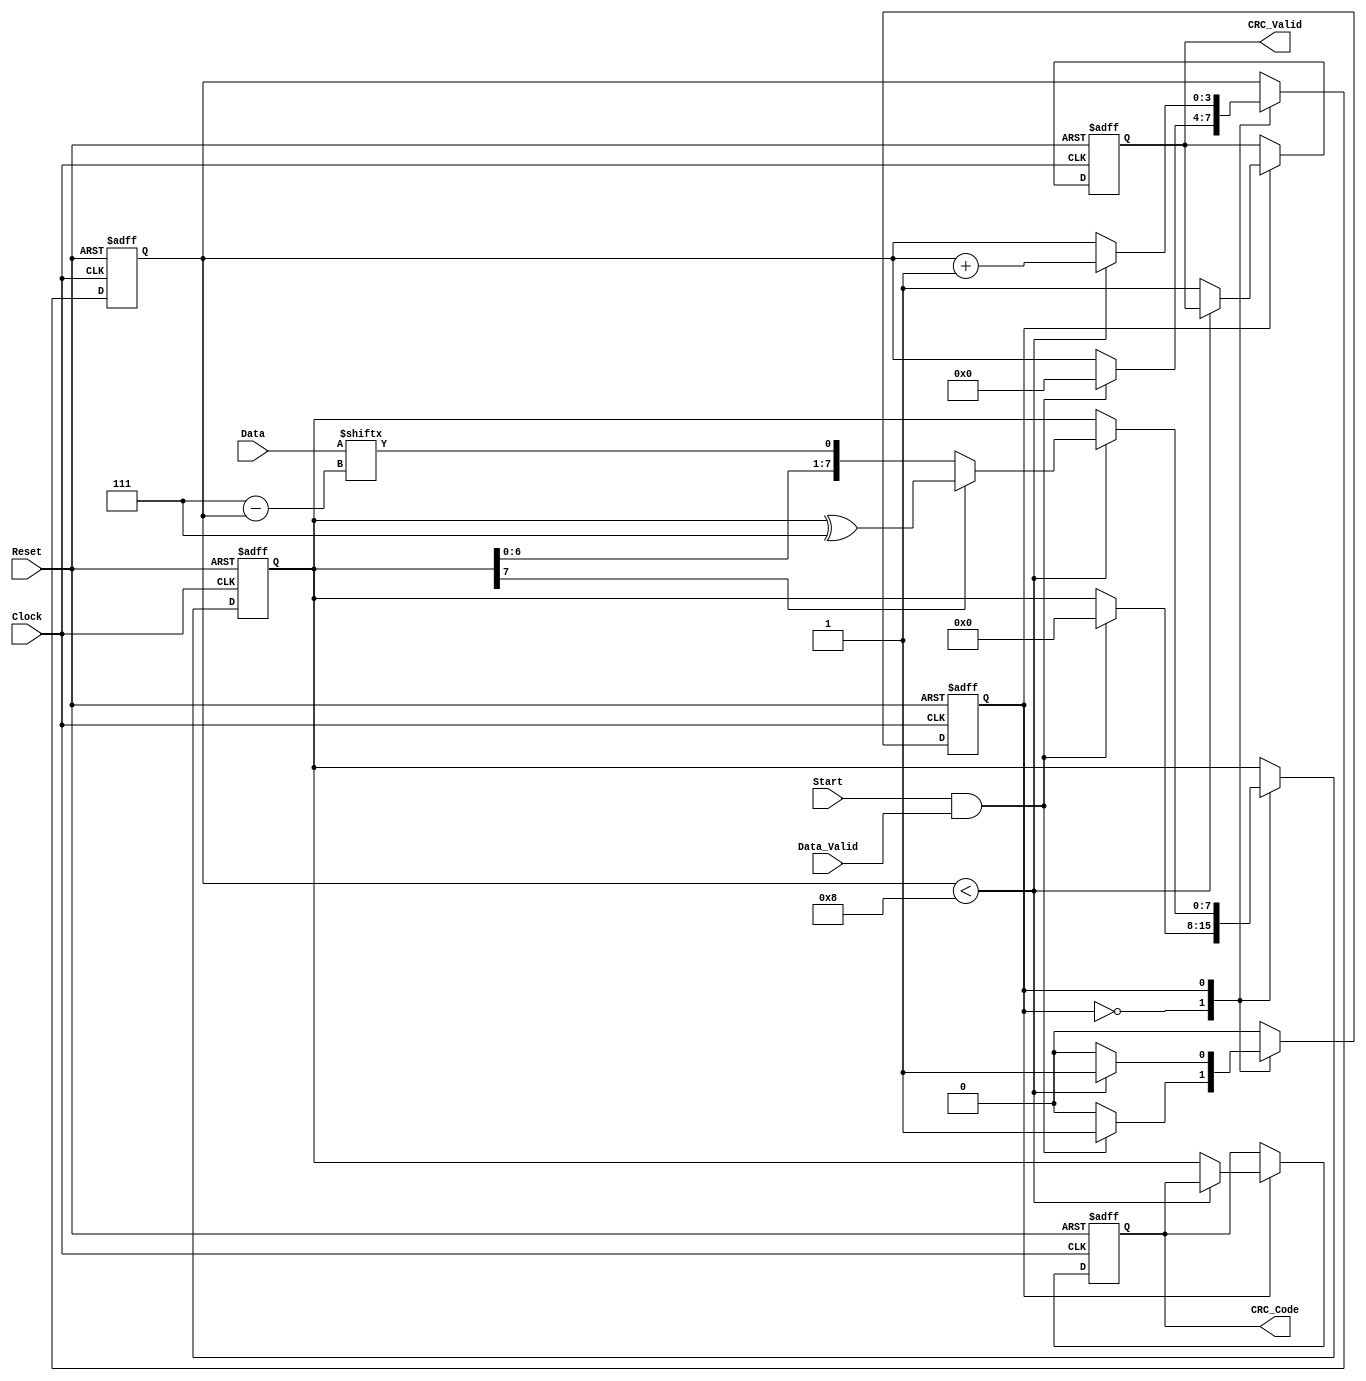
module Parameterized_CRC #(
    parameter CRC_Width = 8,              // Width of the CRC output
    parameter Poly_Degree = 8,             // Degree of the polynomial
    parameter Polynomial = 8'h07,          // Polynomial coefficients (example: x^8 + x^2 + x + 1)
    parameter Initial_Value = 8'h00        // Initial value for the CRC
)(
    input  wire [CRC_Width-1:0] Data,     // Input data
    input  wire Data_Valid,                 // Data valid signal
    input  wire Reset,                      // Reset signal
    input  wire Clock,                      // Clock signal
    input  wire Start,                      // Start signal for CRC calculation
    output reg  [CRC_Width-1:0] CRC_Code,  // Computed CRC checksum
    output reg  CRC_Valid                  // Valid CRC output signal
);

    // Internal signals
    reg [CRC_Width-1:0] crc_reg;           // CRC shift register
    reg [3:0] bit_count;                    // Bit counter for data processing
    reg state;                              // State variable for FSM

    // State encoding
    localparam IDLE = 1'b0;
    localparam PROCESSING = 1'b1;

    // CRC computation process
    always @(posedge Clock or posedge Reset) begin
        if (Reset) begin
            crc_reg <= Initial_Value;        // Reset CRC to initial value
            CRC_Code <= Initial_Value;       // Reset CRC output
            CRC_Valid <= 1'b0;               // Invalidate CRC output
            state <= IDLE;                   // Go to IDLE state
            bit_count <= 0;                  // Reset bit counter
        end else begin
            case (state)
                IDLE: begin
                    if (Start && Data_Valid) begin
                        crc_reg <= Initial_Value; // Initialize CRC
                        bit_count <= 0;          // Reset bit counter
                        state <= PROCESSING;     // Move to PROCESSING state
                    end
                end

                PROCESSING: begin
                    if (bit_count < CRC_Width) begin
                        // Shift in the next bit of data
                        crc_reg <= {crc_reg[CRC_Width-2:0], Data[CRC_Width-1-bit_count]};
                        // Perform polynomial division using XOR
                        if (crc_reg[CRC_Width-1] == 1'b1) begin
                            crc_reg <= crc_reg ^ Polynomial; // Apply polynomial if MSB is 1
                        end
                        bit_count <= bit_count + 1; // Increment bit counter
                    end else begin
                        CRC_Code <= crc_reg;        // Store computed CRC
                        CRC_Valid <= 1'b1;          // Indicate valid CRC output
                        state <= IDLE;              // Return to IDLE state
                    end
                end

                default: state <= IDLE;          // Default case to handle unexpected states
            endcase
        end
    end

endmodule